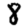
Digit: 8